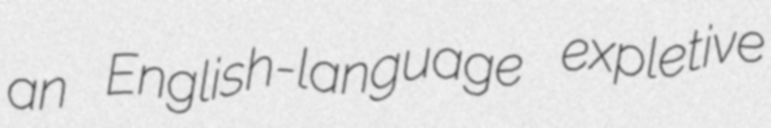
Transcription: an English-language expletive